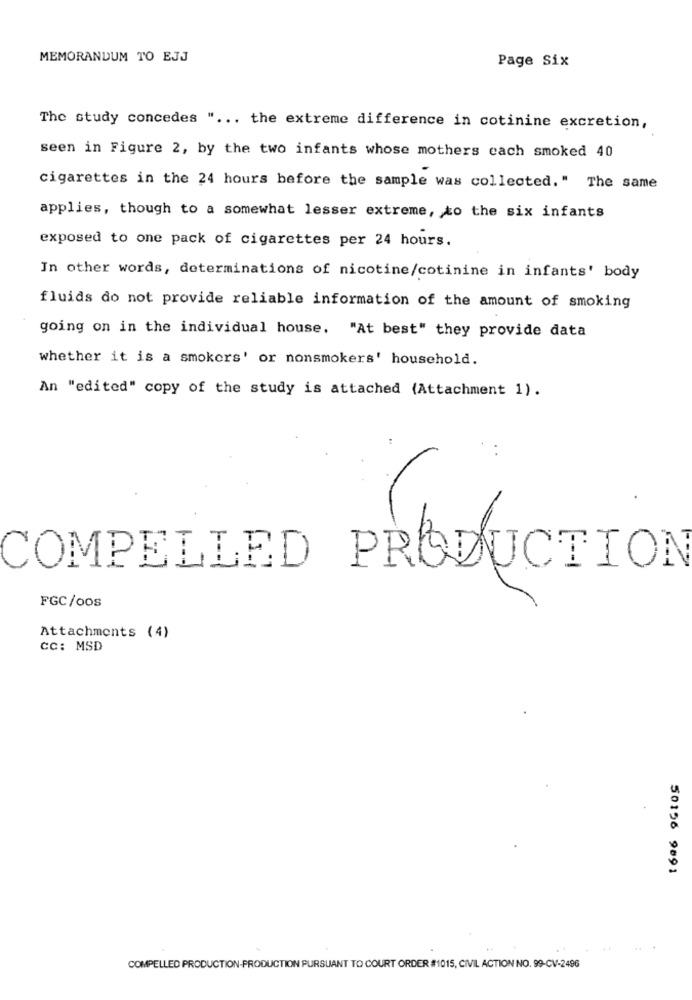
MEMORANDUM TO EJJ
Page Six
The study concedes " ... the extreme difference in cotinine excretion,
seen in Figure 2, by the two infants whose mothers cach smoked 40
cigarettes in the 24 hours before the sample was collected." The same
applies, though to a somewhat lesser extreme, to the six infants
exposed to one pack of cigarettes per 24 hours.
In other words, determinations of nicotine/cotinine in infants' body
fluids do not provide reliable information of the amount of smoking
going on in the individual house. "At best" they provide data
whether it is a smokers' or nonsmokers' household.
An "edited" copy of the study is attached (Attachment 1).
COMPELLED PRODUCTION
FGC/oos
Attachments (4)
cc: MSD
1606 96105
COMPELLED PRODUCTION-PRODUCTION PURSUANT TO COURT ORDER #1015, CIVIL ACTION NO. 99-CV-2496